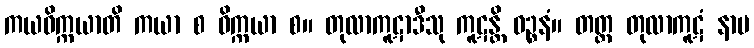
ကယဝိက္ကယာတိ ကယာ စ ဝိက္ကယာ စ။ တုလာကူဋာဒီသု ကူဋန္တိ ဝဉ္စနံ။ တတ္ထ တုလာကူဋံ နာမ